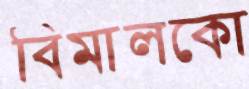
বিমালকো